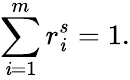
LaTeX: \sum_{\mathit{i}=1}^{m}r_{\mathit{i}}^{s}=1.